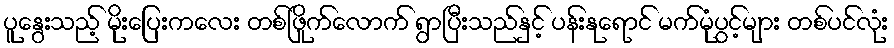
ပူနွေးသည့် မိုးပြေးကလေး တစ်ဖြိုက်လောက် ရွာပြီးသည်နှင့် ပန်းနုရောင် မက်မုံပွင့်များ တစ်ပင်လုံး